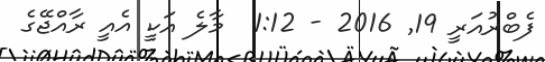
ފެބްރުއަރީ 19